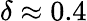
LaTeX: \delta\approx 0.4